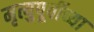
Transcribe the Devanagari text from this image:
मृत्युपूर्वीच्या